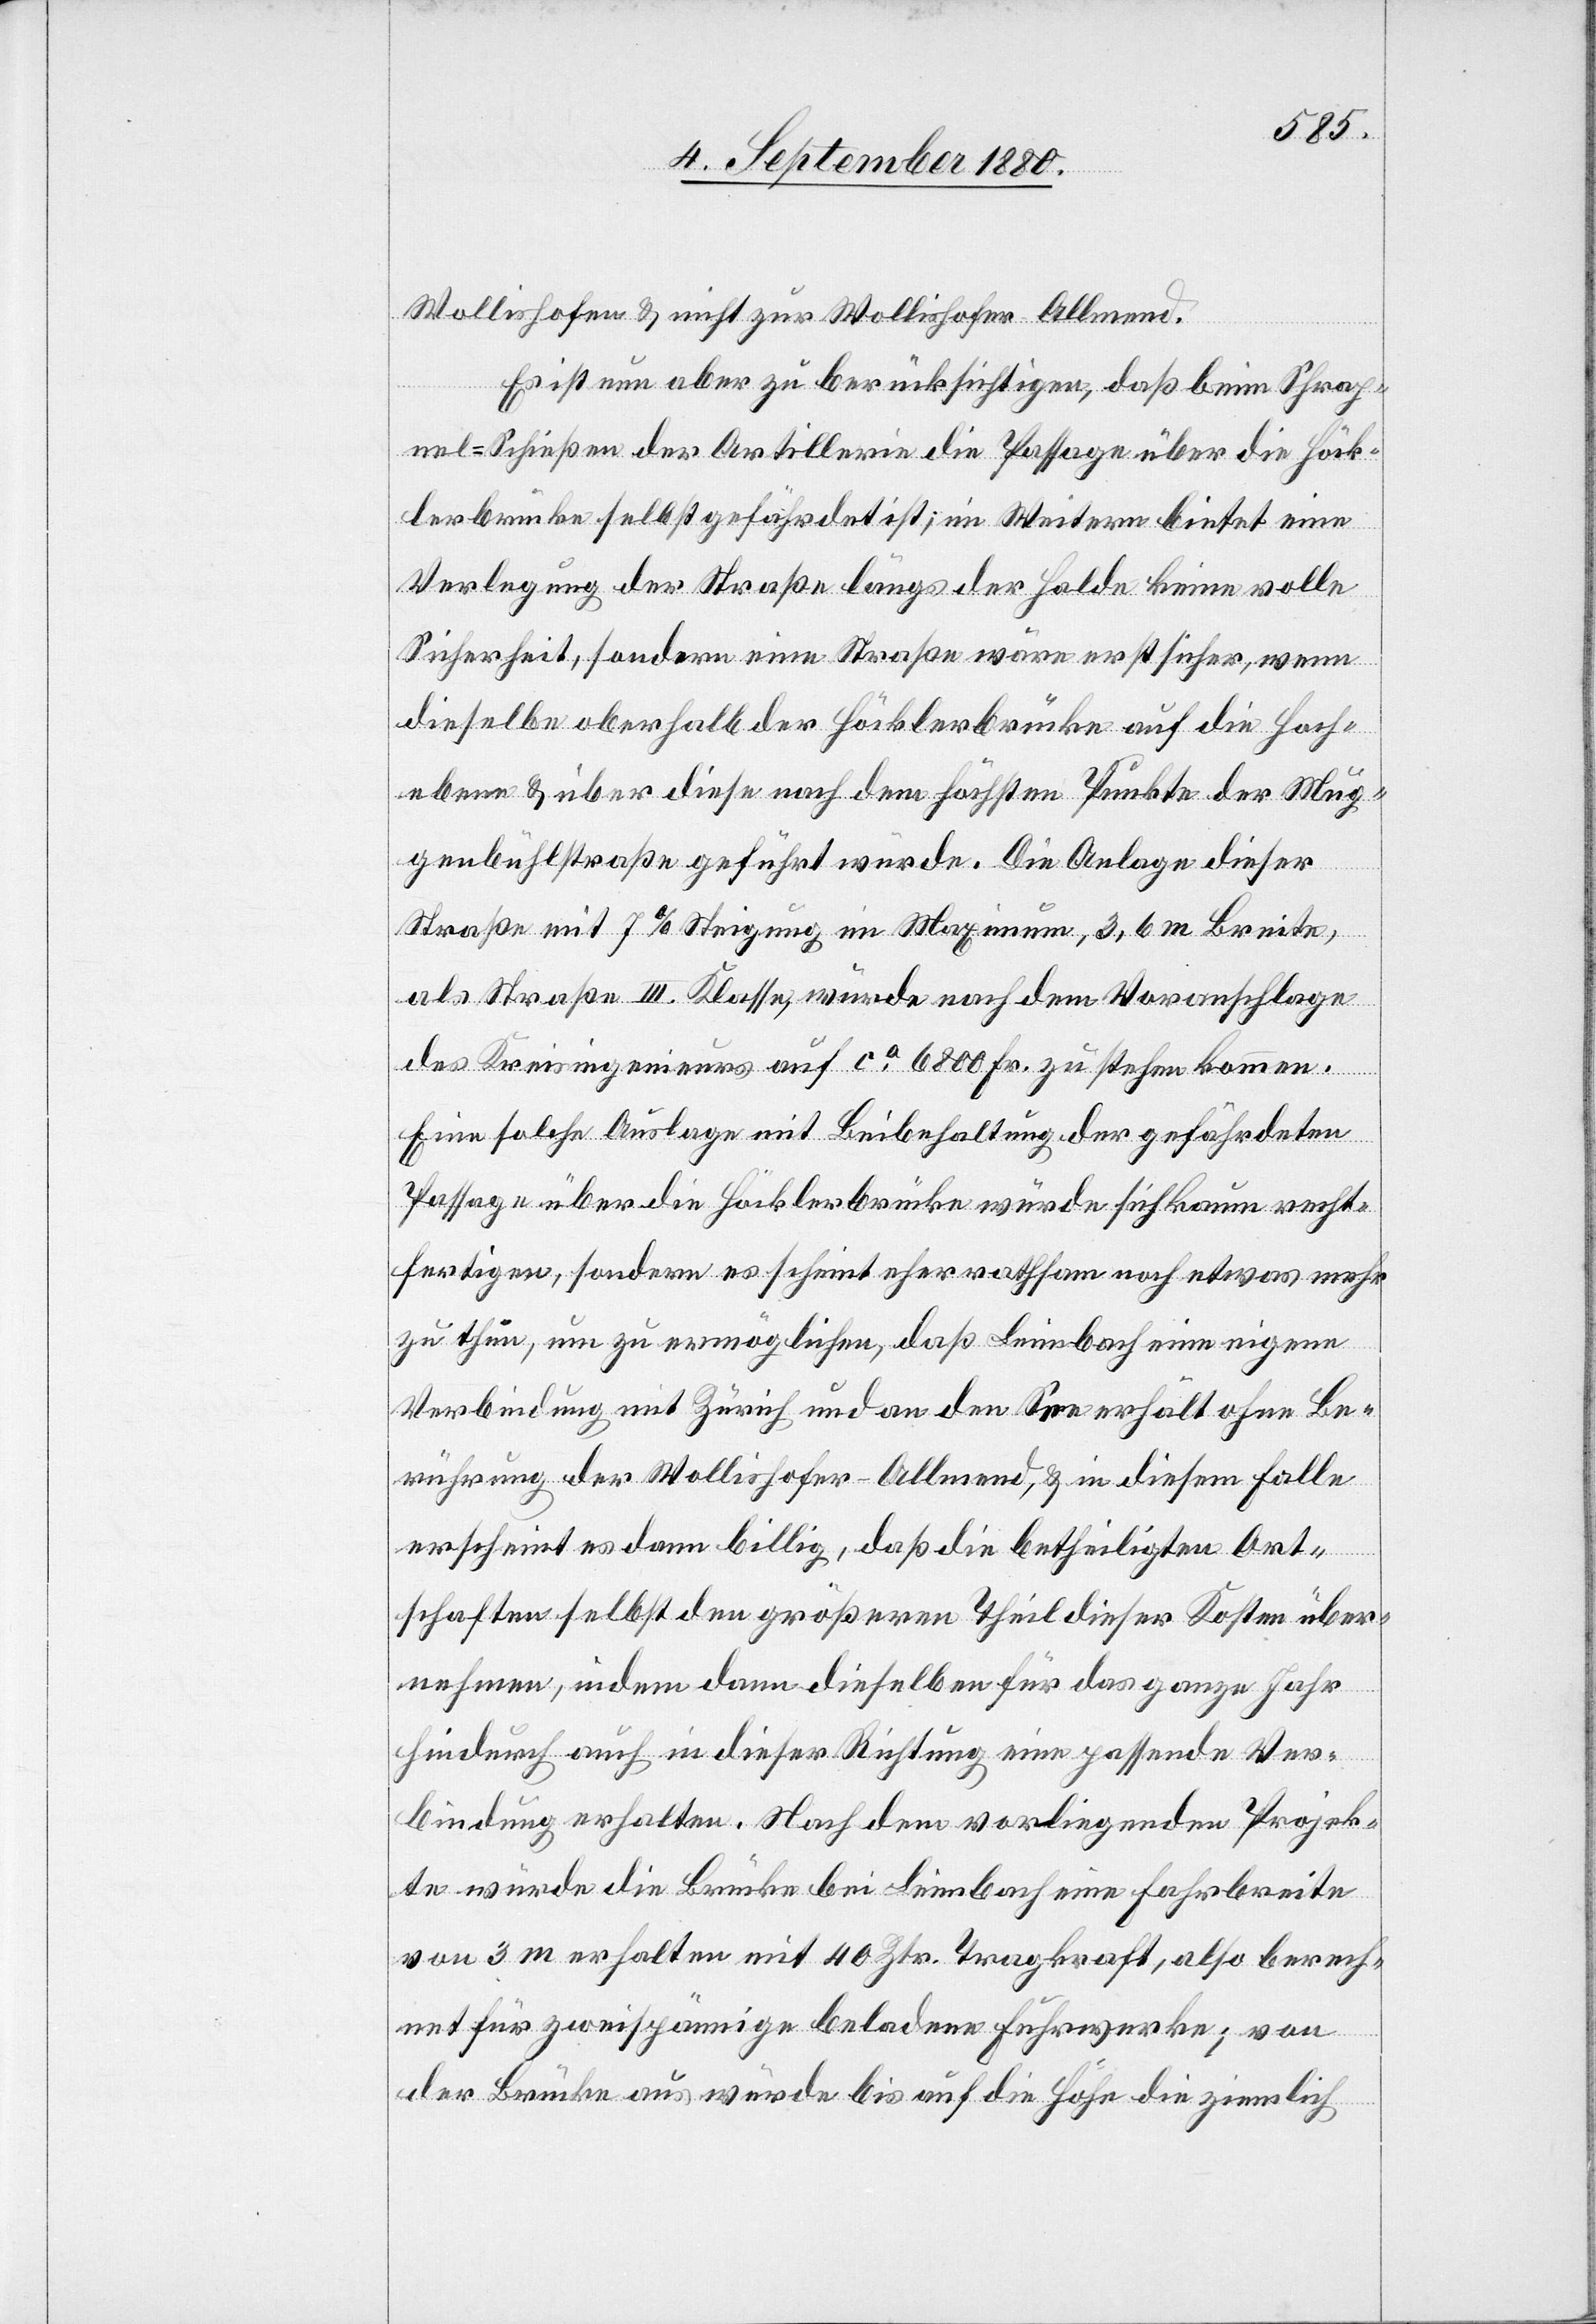
Wollishofen & nicht zur Wollishofer Allmend.
Es ist nun aber zu berücksichtigen, daß beim Shrap¬
nel-Schießen der Artillerie die Passage über die Höck¬
lerbrücke selbst gefährdet ist; im Weitern bietet eine
Verlegung der Straße längs der Halde keine volle
Sicherheit, sondern eine Straße wäre erst sicher, wenn
dieselbe oberhalb der Höcklerbrücke auf die Hoch¬
ebene & über diese nach dem höchsten Punkte der Mug¬
genbühlstraße geführt würde. Die Anlage dieser
Straße mit 7 % Steigung im Maximum, 3,6 m Breite,
als Straße III. Klasse, würde nach dem Voranschlage
des Kreisingenieurs auf ca 6800 Fr. zu stehen kommen.
Eine solche Auslage mit Beibehaltung der gefährdeten
Passage über die Höcklerbrücke würde sich kaum recht¬
fertigen, sondern es scheint eher rathsam noch etwas mehr
zu thun, um zu ermöglichen, daß Leimbach eine eigene
Verbindung mit Zürich und an den See erhält ohne Be¬
rührung der Wollishofer-Allmend, & in diesem Falle
erscheint es dann billig, daß die betheiligten Ort¬
schaften selbst den größeren Theil dieser Kosten über¬
nehmen, indem dann dieselben für das ganze Jahr
hindurch auch in dieser Richtung eine passende Ver¬
bindung erhalten. Nach dem vorliegenden Projek¬
te würde die Brücke bei Leimbach eine Fahrbreite
von 3 m erhalten mit 40 Ztr. Tragkraft, also berech¬
net für zweispännige beladene Fuhrwerke; von
der Brücke aus würde bis auf die Höhe die ziemlich